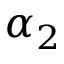
\alpha _ { 2 }